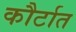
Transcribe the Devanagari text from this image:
कौर्टात